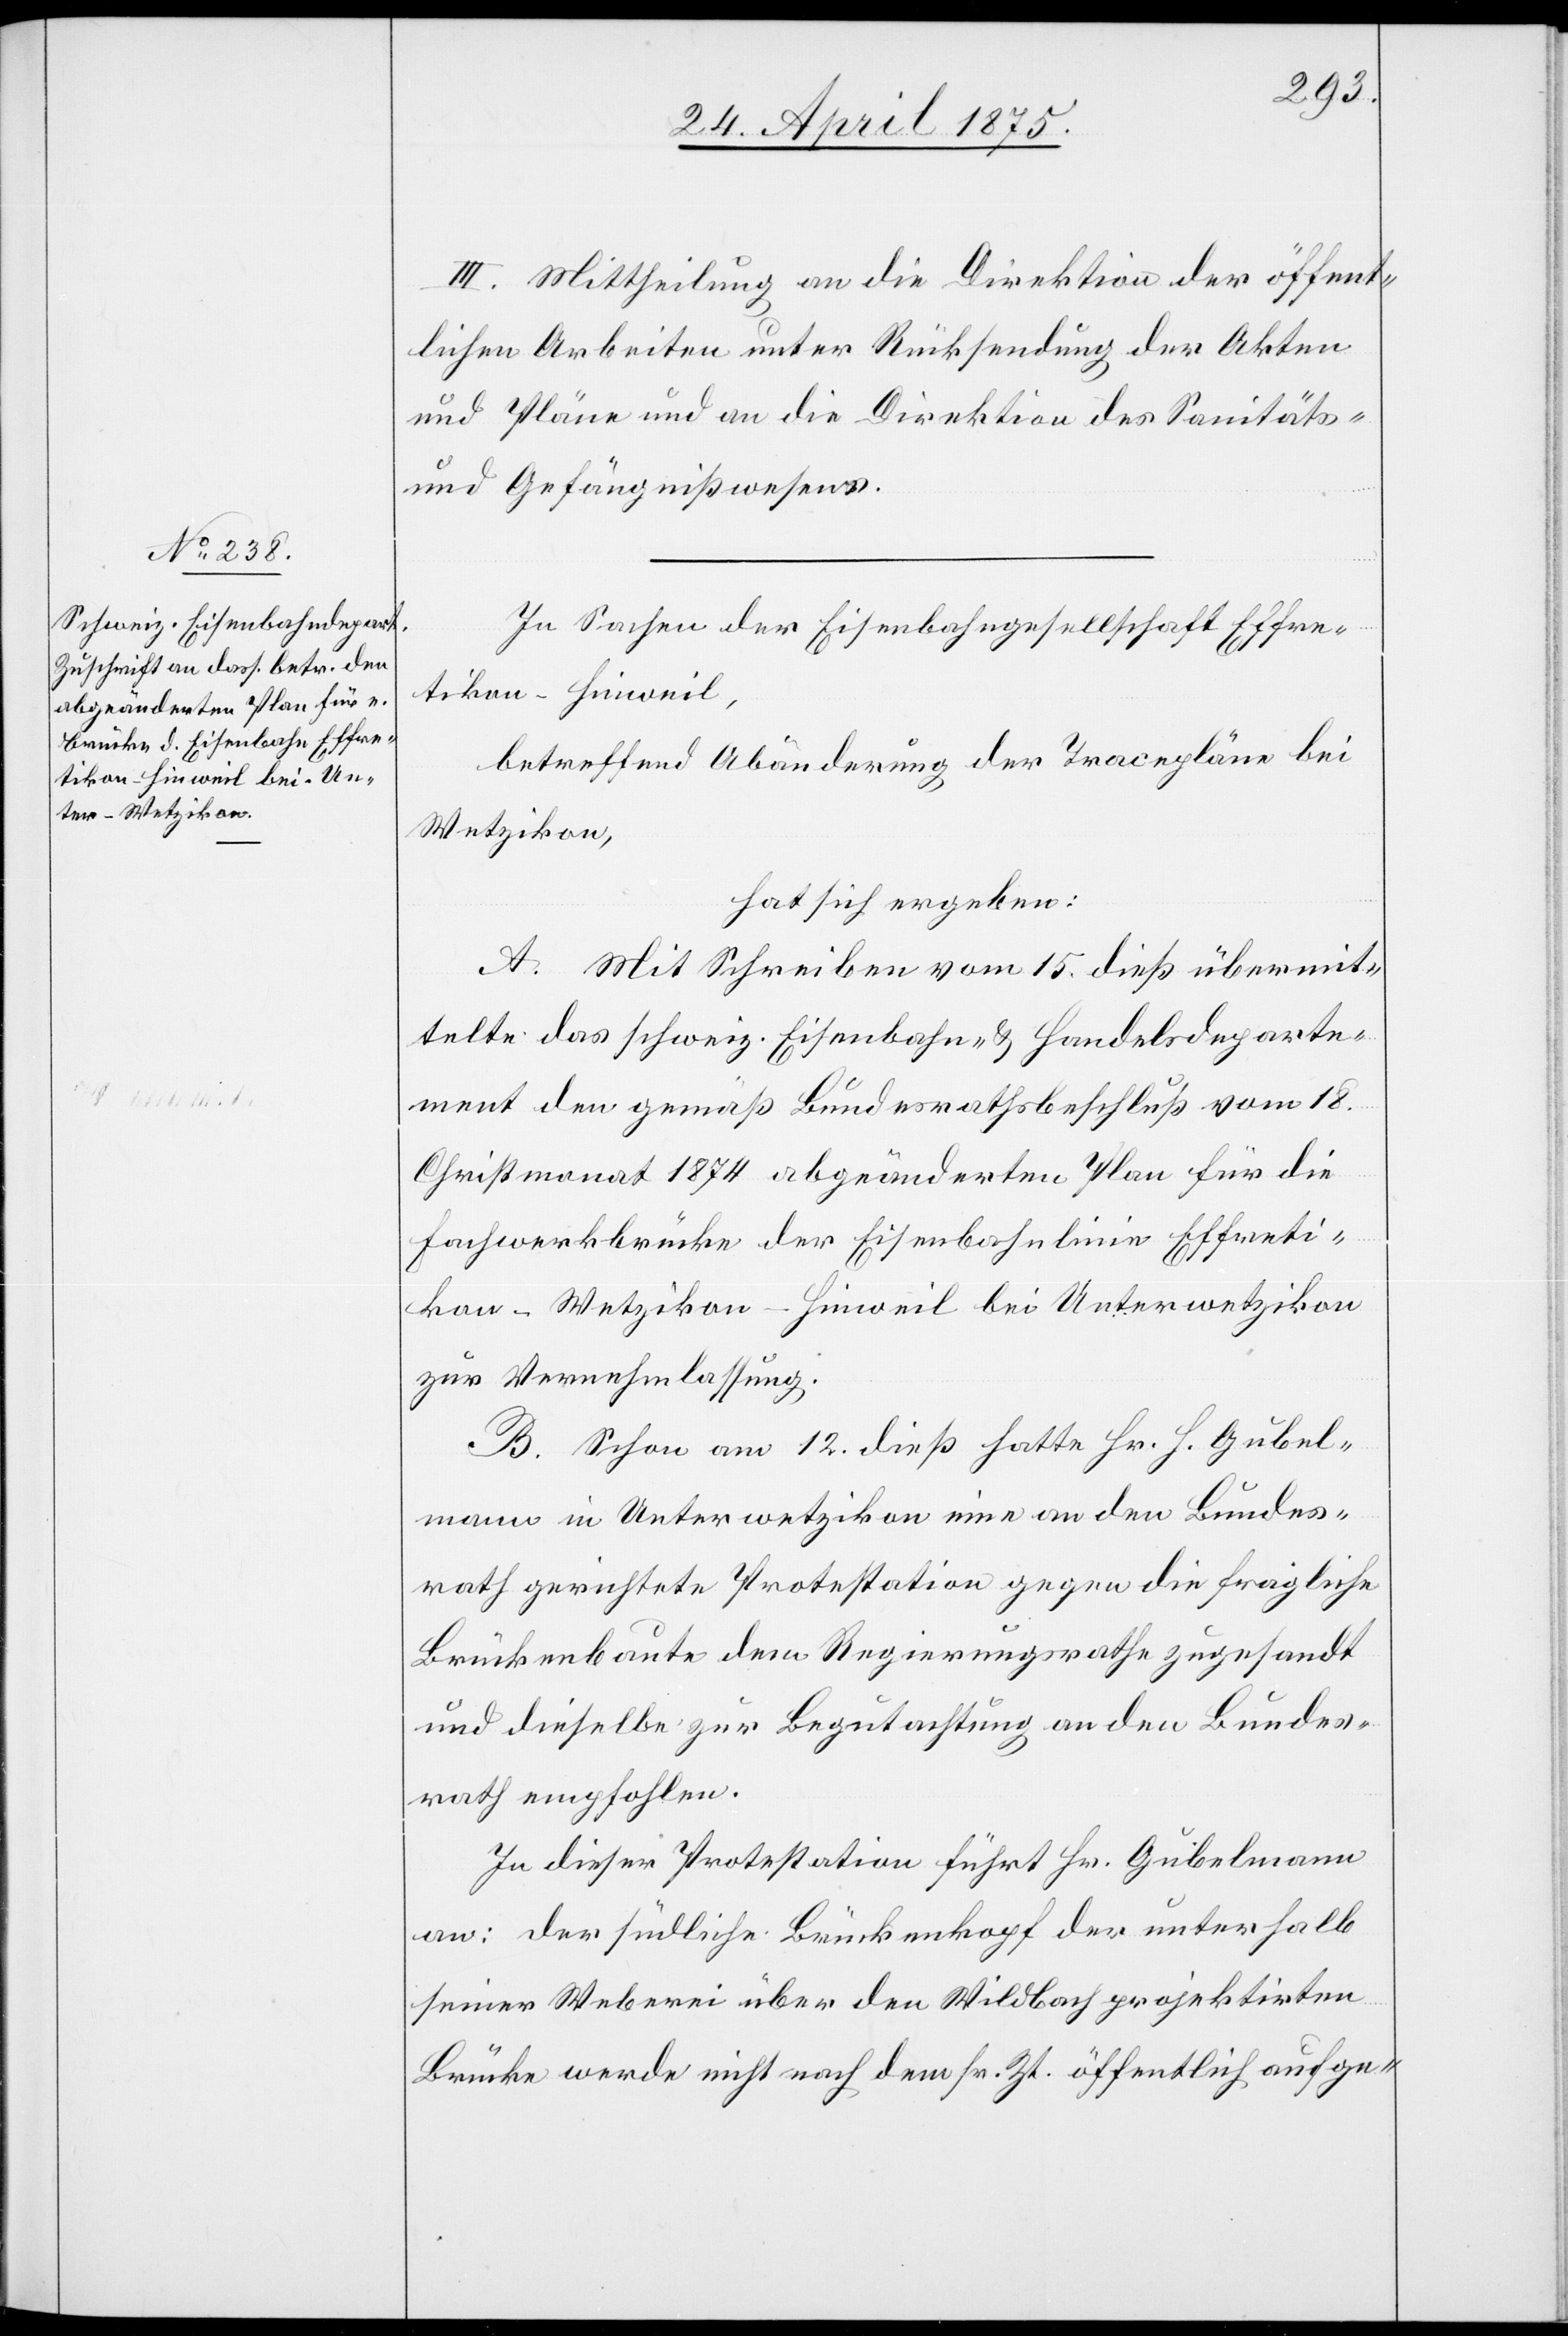
kon–Hinweil bei Un¬
terwetzikon

III. Mittheilung an die Direktion der öffent¬
lichen Arbeiten unter Rücksendung der Akten
und Pläne und an die Direktion des Sanitäts-
und Gefängnißwesens.
In Sachen der Eisenbahngesellschaft Effre¬
tikon-Hinweil,
betreffend Abänderung der Tracepläne bei
Wetzikon,
hat sich ergeben:
A. Mit Schreiben vom 15. dieß übermit¬
telte das schweiz. Eisenbahn- & Handelsdeparte¬
ment den gemäß Bundesrathsbeschluß vom 18.
Christmonat 1874 abgeänderten Plan für die
Fachwerkbrücke der Eisenbahnlinien Effreti¬
zur Vernehmlassung.
B. Schon am 12. dieß hatte Hr. H. Gubel¬
mann in Unterwetzikon eine an den Bundes¬
rath gerichtete Protestation gegen die fragliche
Brückenbauten der Regierungsrath zu gesandt
und dieselbe zur Begutachtung an den Bundes¬
rath empfohlen.
In dieser Protestation führt Hr. Gubelmann
an: der südliche Brückenkopf der unterhalb
seiner Weberei über den Wildbach projektirten
Brücke werde nicht nach dem sr. Zt. öffentlich aufge-